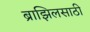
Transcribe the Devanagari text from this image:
ब्राझिलसाठी